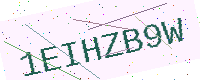
Text: 1EIHZB9W